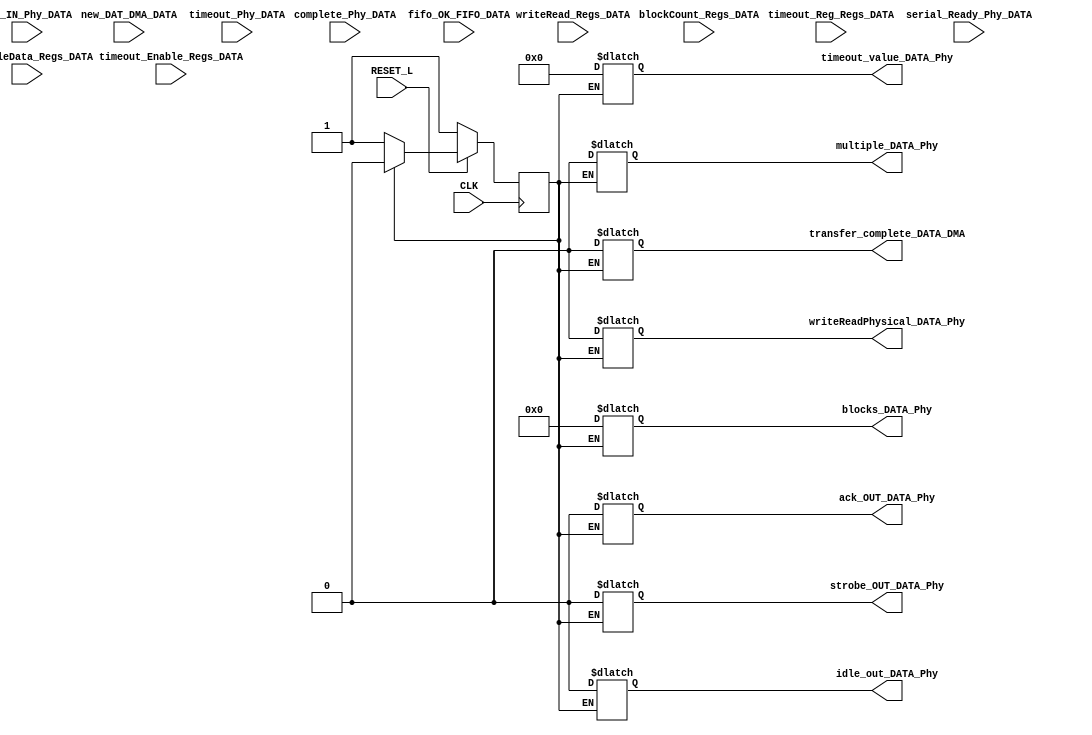
module DATA_1(
    input wire CLK,
    input wire RESET_L,
    input wire writeRead_Regs_DATA,
    input wire [3:0] blockCount_Regs_DATA,
    input wire multipleData_Regs_DATA,
    input wire timeout_Enable_Regs_DATA, 
    input wire [15:0] timeout_Reg_Regs_DATA, 
    input wire new_DAT_DMA_DATA,
    input wire serial_Ready_Phy_DATA, 
    input wire timeout_Phy_DATA, 
    input wire complete_Phy_DATA, 
    input wire ack_IN_Phy_DATA, 
    input wire fifo_OK_FIFO_DATA,
    output reg transfer_complete_DATA_DMA,
    output reg strobe_OUT_DATA_Phy,
    output reg ack_OUT_DATA_Phy,
    output reg [3:0] blocks_DATA_Phy,
    output reg [15:0] timeout_value_DATA_Phy,
    output reg writeReadPhysical_DATA_Phy,
    output reg multiple_DATA_Phy,
    output reg idle_out_DATA_Phy
);
parameter RESET                  = 6'b000001;
parameter IDLE                   = 6'b000010; 
parameter SETTING_OUTPUTS        = 6'b000100;
parameter CHECK_FIFO             = 6'b001000;
parameter TRANSMIT               = 6'b010000;
parameter ACK                    = 6'b100000;
reg STATE;
reg NEXT_STATE;
always @ (posedge CLK)
begin
    if (!RESET_L) 
        begin
        STATE <= RESET;
        end
    else
        begin
            STATE <= NEXT_STATE;
        end
end
always @ (*)
begin
    case (STATE)
        RESET:
            begin
            transfer_complete_DATA_DMA = 0;
            strobe_OUT_DATA_Phy        = 0;
            ack_OUT_DATA_Phy           = 0;
            blocks_DATA_Phy            = 4'b0000;
            timeout_value_DATA_Phy     = 0;
            writeReadPhysical_DATA_Phy = 0;
            multiple_DATA_Phy          = 0;
            idle_out_DATA_Phy          = 0;
            NEXT_STATE = IDLE;
            end
        IDLE:
            begin
            idle_out_DATA_Phy = 1;
            if (new_DAT_DMA_DATA)
                begin
                    NEXT_STATE = SETTING_OUTPUTS;
                end
            else
                begin
                    NEXT_STATE = IDLE;
                end 
            end
        SETTING_OUTPUTS:
            begin
            blocks_DATA_Phy = blockCount_Regs_DATA;
            timeout_value_DATA_Phy = timeout_Reg_Regs_DATA;
            writeReadPhysical_DATA_Phy = writeRead_Regs_DATA;
            multiple_DATA_Phy = multipleData_Regs_DATA;
            if (serial_Ready_Phy_DATA)
                begin
                    NEXT_STATE = CHECK_FIFO;
                end
            else
                begin
                    NEXT_STATE = SETTING_OUTPUTS;
                end
            end
        CHECK_FIFO:
            begin
            blocks_DATA_Phy = blockCount_Regs_DATA;
            timeout_value_DATA_Phy = timeout_Reg_Regs_DATA;
            writeReadPhysical_DATA_Phy = writeRead_Regs_DATA;
            multiple_DATA_Phy = multipleData_Regs_DATA;
            if (fifo_OK_FIFO_DATA)
                begin
                    NEXT_STATE = TRANSMIT;
                end
            else
                begin
                    NEXT_STATE = CHECK_FIFO;
                end
            end
        TRANSMIT:
            begin
            strobe_OUT_DATA_Phy = 1;
            if (complete_Phy_DATA)
                begin
                    NEXT_STATE = ACK;
                end
            else
                begin
                    NEXT_STATE = TRANSMIT;
                end
            end
        ACK:
            begin
            ack_OUT_DATA_Phy = 1;
            if (ack_IN_Phy_DATA)
                begin
                    NEXT_STATE = IDLE;
                end
            else
                begin
                    NEXT_STATE = ACK;
                end
            end 
        default:
            begin
            NEXT_STATE = RESET;
            end 
    endcase
end 
endmodule